Indian journal of veterinary science and animal husbandry - Volume 4,
Year: 1934
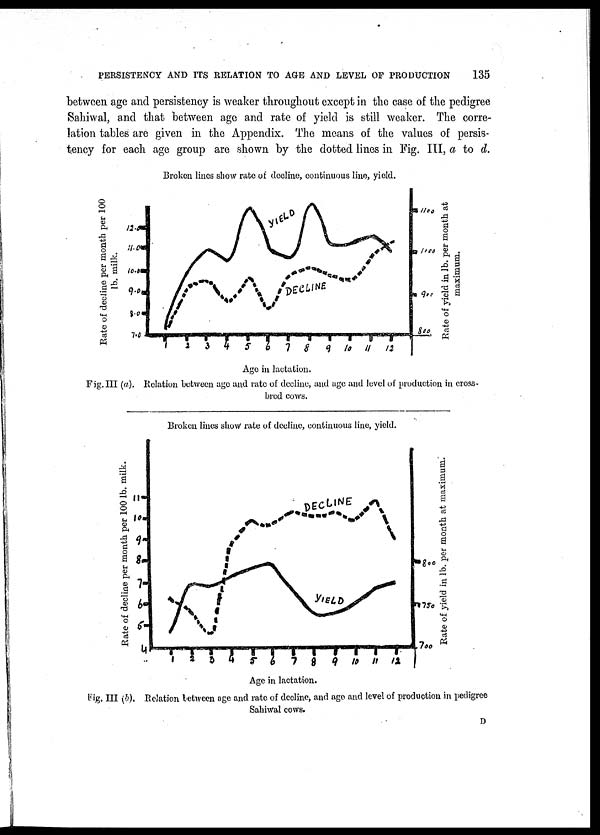
PERSISTENCY AND ITS RELATION TO AGE AND LEVEL OF PRODUCTION
135
between age and persistency is weaker throughout except in the case of the pedigree
Sahiwal, and that between age and rate of yield is still weaker. The corre-
lation tables are given in the Appendix. The means of the values of persis-
tency for each age group are shown by the dotted lines in Fig. III, a to d.
Fig.III (a). Relation between ago and rate of decline, and age and level of production in cross-
bred cows.
Fig. III (6). Relation between age and rate of decline, and age and level of production in pedigree
Sahiwal cows.
D